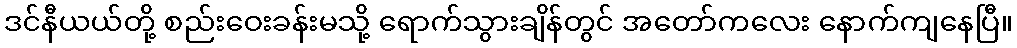
ဒင်နီယယ်တို့ စည်းဝေးခန်းမသို့ ရောက်သွားချိန်တွင် အတော်ကလေး နောက်ကျနေပြီ။